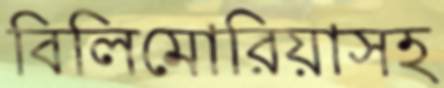
বিলিমোরিয়াসহ